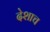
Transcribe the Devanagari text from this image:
देशाच